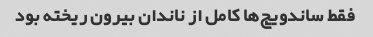
فقط ساندویچ‌ها کامل از ناندان بیرون ریخته بود